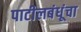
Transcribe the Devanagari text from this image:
पाटीलबंधूंचा